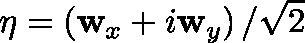
\mathbf { \eta } = \left( \mathbf { w } _ { x } + i \mathbf { w } _ { y } \right) / \sqrt { 2 }